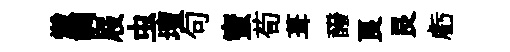
燬調屐虫壇句蜜荀葺醱良艮虧